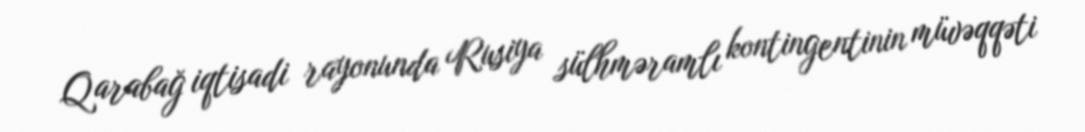
Qarabağ iqtisadi rayonunda Rusiya sülhməramlı kontingentinin müvəqqəti